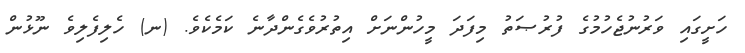
ހަށީގައި ވަރުނުޖެހުމުގެ ފުރުޞަތު މިފަދަ މީހުންނަށް އިތުރުވެގެންދާނެ ކަމެކެވެ. (ނ) ހެލިފެލިވެ ނޫޅުން